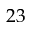
2 3